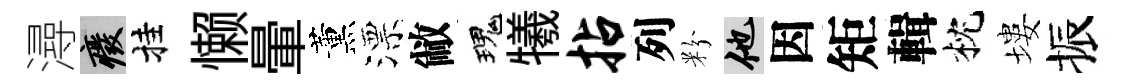
潯廢挂懒暈薰漂敝瑰犧拈列粉他因矩輯枕塿振